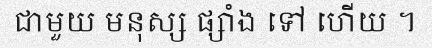
ជាមួយ មនុស្ស ផ្សាំង ទៅ ហើយ ។